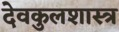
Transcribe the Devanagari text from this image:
देवकुलशास्त्र